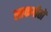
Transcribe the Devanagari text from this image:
लाकगीतों